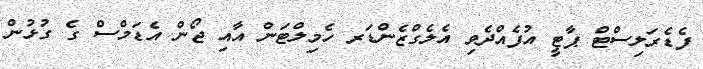
ފެޑެރަލިސްޓް ޕާޓީ އުފެއްދެވި އެލެގްޒެންޑަރ ހެމިލްޓަން އާއި ޖޯން އެޑަމްސް ގެ ގުޅުން